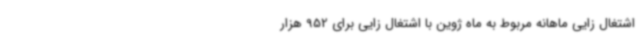
اشتغال زایی ماهانه مربوط به ماه ژوین با اشتغال زایی برای 952 هزار